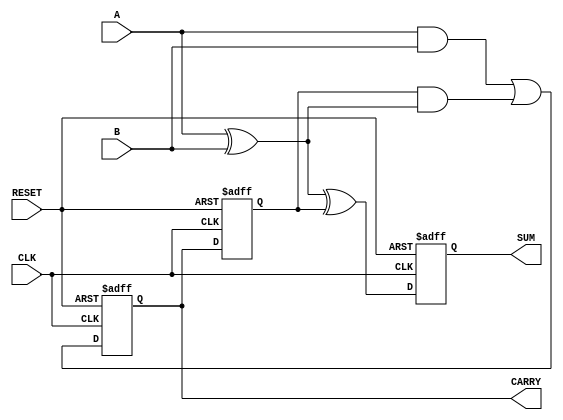
module Sequential_Half_Adder (
    input wire A,        // First operand
    input wire B,        // Second operand
    input wire CLK,      // Clock signal
    input wire RESET,    // Reset signal
    output reg SUM,      // Sum output
    output reg CARRY     // Carry output
);

    reg CARRY_prev;      // Internal state to hold previous carry

    // Sequential logic
    always @(posedge CLK or posedge RESET) begin
        if (RESET) begin
            SUM <= 0;          // Initialize SUM to 0
            CARRY <= 0;        // Initialize CARRY to 0
            CARRY_prev <= 0;   // Initialize previous CARRY to 0
        end else begin
            // Calculate SUM and CARRY
            SUM <= A ^ B ^ CARRY_prev; // SUM is the XOR of A, B, and previous CARRY
            CARRY <= (A & B) | (CARRY_prev & (A ^ B)); // CARRY logic
            CARRY_prev <= CARRY; // Update previous CARRY
        end
    end

endmodule